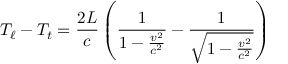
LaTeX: T _ { \ell } - T _ { t } = { \frac { 2 L } { c } } \left( { \frac { 1 } { 1 - { \frac { v ^ { 2 } } { c ^ { 2 } } } } } - { \frac { 1 } { \sqrt { 1 - { \frac { v ^ { 2 } } { c ^ { 2 } } } } } } \right)